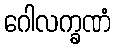
ဂေါလက္ခဏံ